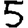
Digit: 5